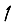
Digit: 1